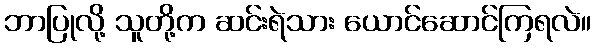
ဘာပြုလို့ သူတို့က ဆင်းရဲသား ယောင်ဆောင်ကြရလဲ။